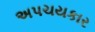
અપચયકાર